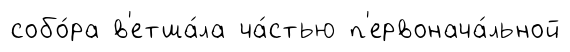
собо́ра в'етша́ла ча́стью п'ервонача́льной